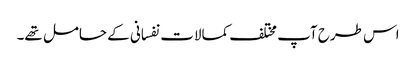
اس طرح آپ مختلف کمالات نفسانی کے حامل تھے۔